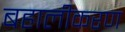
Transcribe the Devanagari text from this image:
बहालीकरण